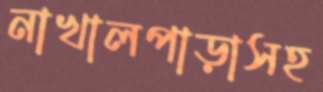
নাখালপাড়াসহ